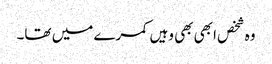
وہ شخص ابھی بھی وہیں کمرے میں تھا۔